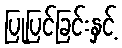
ပြုပြင်ခြင်းနှင့်